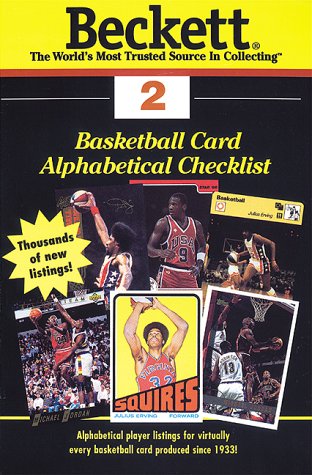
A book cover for Basketball Card Alphabetical Checklist: Number 2 (Beckett Basketball Card Alphabetical Checklist); Crafts, Hobbies & Home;